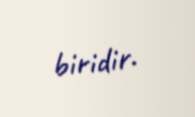
biridir.